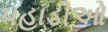
પહાડીઓ